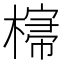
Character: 𣘕